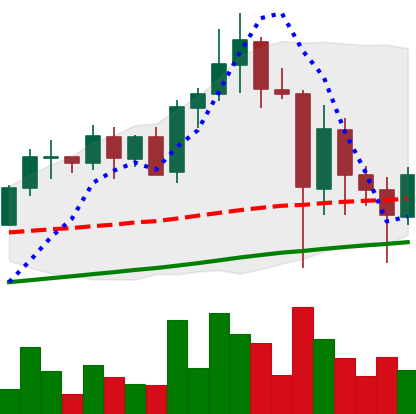
Ticker: ADA-USD
Chart end date: 2021-05-24
Forward return: -9.245%
Label: down_7plus